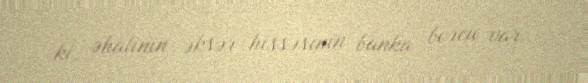
ki, əhalinin əksər hissəsinin banka borcu var.